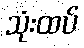
သုံးထပ်